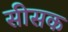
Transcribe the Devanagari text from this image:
सीसक